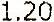
1.20